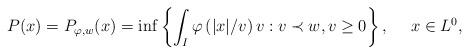
LaTeX: \begin{align*}P(x)=P_{\varphi,w}(x) = \inf\left\{\int_I \varphi\left(|x|/{v}\right) v: v\prec w, v\ge 0\right\},\ \ \ \ x\in L^0,\\\end{align*}